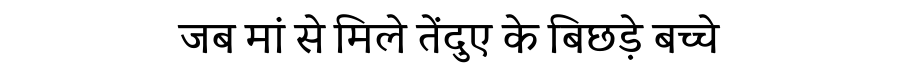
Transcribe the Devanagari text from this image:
जब मां से मिले तेंदुए के बिछड़े बच्चे